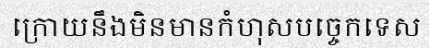
ក្រោយនឹងមិនមានកំហុសបច្ចេកទេស